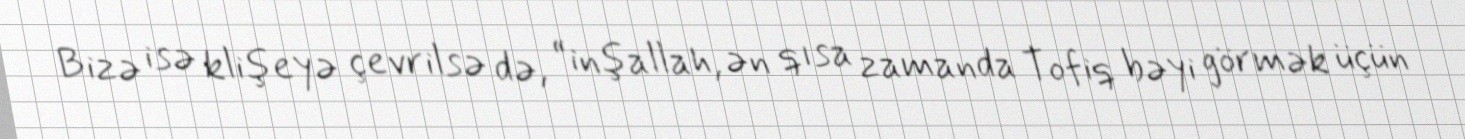
Bizə isə klişeyə çevrilsə də, “inşallah, ən qısa zamanda Tofiq bəyi görmək üçün